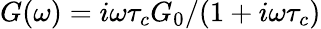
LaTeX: G(\omega)=i\omega\tau_{c}G_{0}/(1+i\omega\tau_{c})